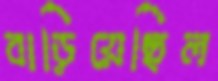
বাড়িয়েছিল